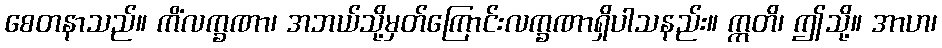
စေတနာသည်။ ကိံလက္ခဏာ၊ အဘယ်သို့မှတ်ကြောင်းလက္ခဏာရှိပါသနည်း။ ဣတိ၊ ဤသို့။ အာဟ၊